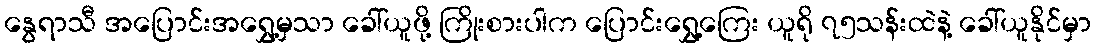
နွေရာသီ အပြောင်းအရွှေ့မှသာ ခေါ်ယူဖို့ ကြိုးစားပါက ပြောင်းရွှေ့ကြေး ယူရို ၇၅သန်းထဲနဲ့ ခေါ်ယူနိုင်မှာ